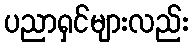
ပညာရှင်များလည်း